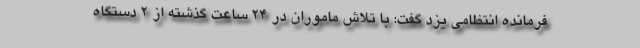
فرمانده انتظامی یزد گفت: با تلاش ماموران در ۲۴ ساعت گذشته از ۲ دستگاه